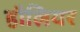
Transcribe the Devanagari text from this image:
हौलियर